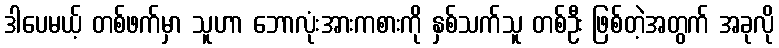
ဒါပေမယ့် တစ်ဖက်မှာ သူဟာ ဘောလုံးအားကစားကို နှစ်သက်သူ တစ်ဦး ဖြစ်တဲ့အတွက် အခုလို